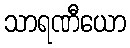
သာရဏီယော